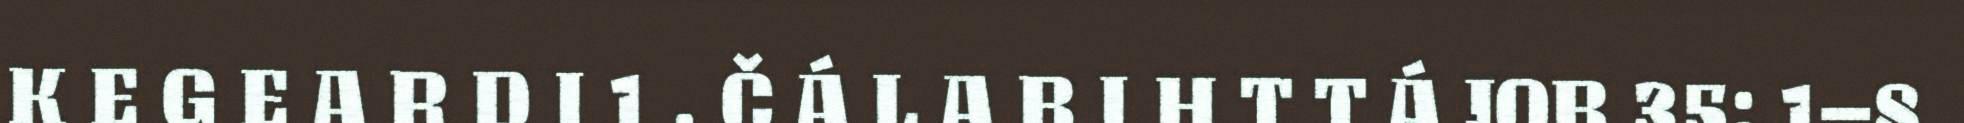
K E G E A R D I 1 . Č Á L A B I H T T Á JOB 35: 1–8